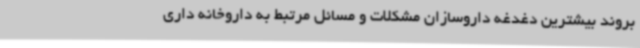
بروند بیشترین دغدغه داروسازان مشکلات و مسائل مرتبط به داروخانه داری